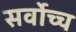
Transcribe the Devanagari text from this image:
सर्वाेच्च